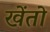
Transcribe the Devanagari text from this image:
खेंतो